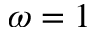
\omega = 1